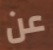
عن